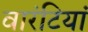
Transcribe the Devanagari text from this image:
वारंटियां